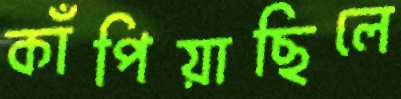
কাঁপিয়াছিলে